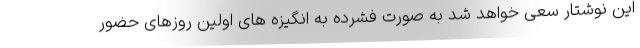
این نوشتار سعی خواهد شد به صورت فشرده به انگیزه های اولین روزهای حضور